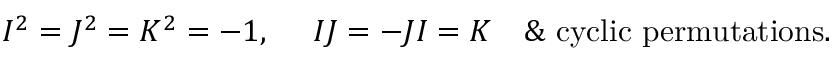
\begin{array} { l l } { { I ^ { 2 } = J ^ { 2 } = K ^ { 2 } = - 1 , \, \, \, } } & { { I J = - J I = K \, \, \, \, \, \, \& \, \, \mathrm { c y c l i c } \, \, \mathrm { p e r m u t a t i o n s } . } } \end{array}